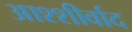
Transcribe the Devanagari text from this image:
आश्शीर्वाद